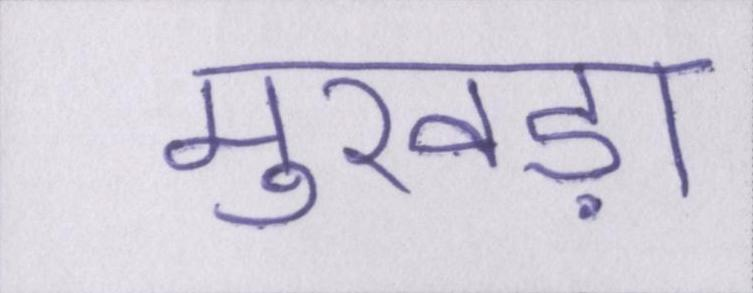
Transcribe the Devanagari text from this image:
मुखड़ा